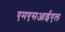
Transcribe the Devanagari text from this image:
एमएसआईएल